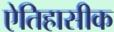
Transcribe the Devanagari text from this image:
एेतिहासीक